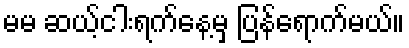
မမ ဆယ့်ငါးရက်နေ့မှ ပြန်ရောက်မယ်။